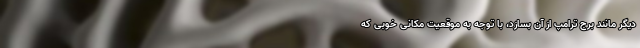
دیگر مانند برج ترامپ از آن بسازد، با توجه به موقعیت مکانی خوبی که